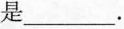
是___.